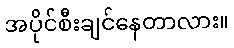
အပိုင်စီးချင်နေတာလား။